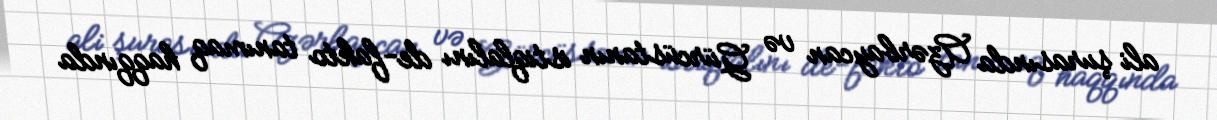
ali şurasında Azərbaycan və Gürcüstanın istiqlalını de-fakto tanımaq haqqında